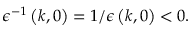
\epsilon ^ { - 1 } \left( k , 0 \right) = 1 / \epsilon \left( k , 0 \right) < 0 .